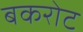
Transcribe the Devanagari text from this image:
बकरोट